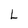
Character: L